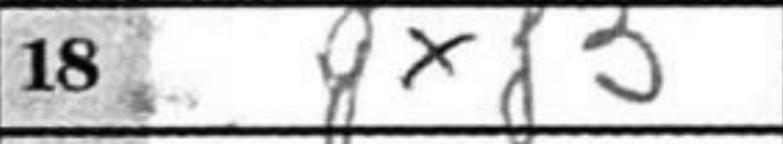
Transcription: gxf3